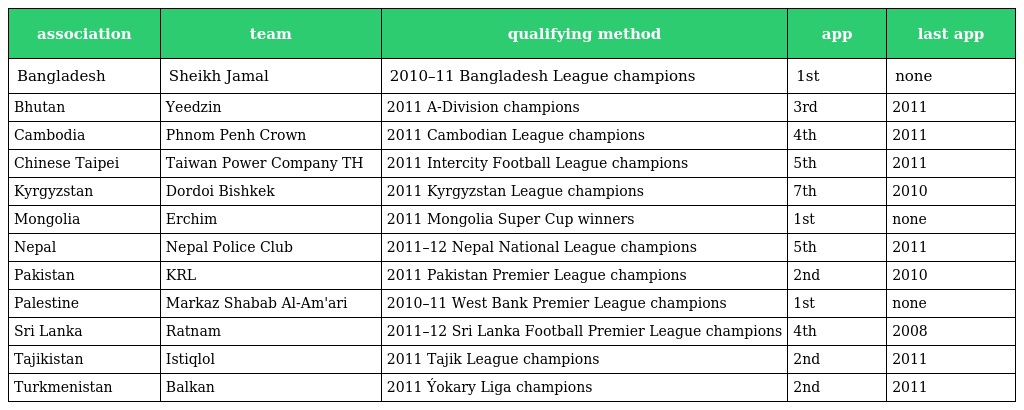
| association | team | qualifying method | app | last app |
 | --- | --- | --- | --- | --- |
 | Bangladesh | Sheikh Jamal | 2010–11 Bangladesh League champions | 1st | none |
 | Bhutan | Yeedzin | 2011 A-Division champions | 3rd | 2011 |
 | Cambodia | Phnom Penh Crown | 2011 Cambodian League champions | 4th | 2011 |
 | Chinese Taipei | Taiwan Power Company TH | 2011 Intercity Football League champions | 5th | 2011 |
 | Kyrgyzstan | Dordoi Bishkek | 2011 Kyrgyzstan League champions | 7th | 2010 |
 | Mongolia | Erchim | 2011 Mongolia Super Cup winners | 1st | none |
 | Nepal | Nepal Police Club | 2011–12 Nepal National League champions | 5th | 2011 |
 | Pakistan | KRL | 2011 Pakistan Premier League champions | 2nd | 2010 |
 | Palestine | Markaz Shabab Al-Am'ari | 2010–11 West Bank Premier League champions | 1st | none |
 | Sri Lanka | Ratnam | 2011–12 Sri Lanka Football Premier League champions | 4th | 2008 |
 | Tajikistan | Istiqlol | 2011 Tajik League champions | 2nd | 2011 |
 | Turkmenistan | Balkan | 2011 Ýokary Liga champions | 2nd | 2011 |